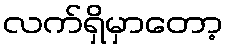
လက်ရှိမှာတော့